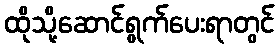
ထိုသို့ဆောင်ရွက်ပေးရာတွင်